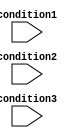
module if_else_ladder (
    input wire condition1,
    input wire condition2,
    input wire condition3
);

    reg [2:0] state;

    always @* begin
        state = 3'b000; // Default state
        
        if (condition1) begin
            state = 3'b001; // State for condition1
        end
        else if (condition2) begin
            state = 3'b010; // State for condition2
        end
        else if (condition3) begin
            state = 3'b011; // State for condition3
        end
        else begin
            state = 3'b100; // Default state if none of the conditions are met
        end
    end

endmodule